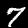
Digit: 7